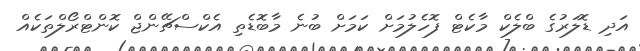
އަދި ޑޮލަރުގެ ބްލެކް މާކެޓް ފޮހެލުމަށް ކަމަށް ބުނެ މާބޮޑެތި އެކްސްޗޭންޖް ކޮންޓްރޯލްތަކެއް